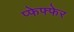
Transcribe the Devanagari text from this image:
प्फेफ्फेर